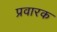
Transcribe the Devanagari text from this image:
प्रवारक